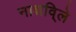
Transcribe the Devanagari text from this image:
नाशवि्ले